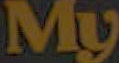
My